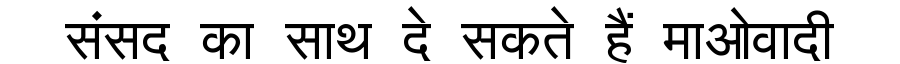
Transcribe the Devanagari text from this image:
संसद का साथ दे सकते हैं माओवादी